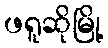
ဖရူဆိုမြို့